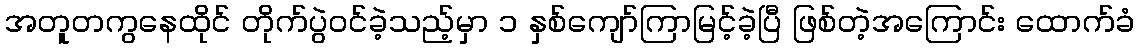
အတူတကွနေထိုင် တိုက်ပွဲဝင်ခဲ့သည့်မှာ ၁ နှစ်ကျော်ကြာမြင့်ခဲ့ပြီ ဖြစ်တဲ့အကြောင်း ထောက်ခံ